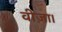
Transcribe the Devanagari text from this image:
वीज़ा।